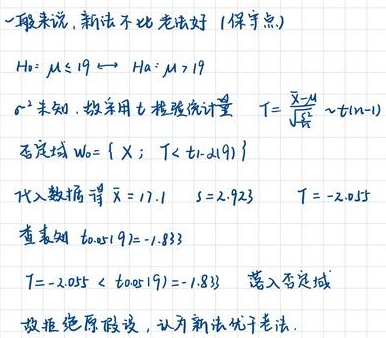
一般来说，新法不比老法好（保守点）
$H_0: \mu \leq 19 \leftrightarrow H_a: \mu > 19$
$\sigma^2$ 未知，故采用 $t$ 检验统计量 $T = \frac{\overline{X}-\mu}{\frac{S}{\sqrt{n}}} \sim t(n - 1)$
否定域 $W_0 = \{ \overline{X} ; T < -t_{1-\alpha}(9) \}$
代入数据得 $\overline{X} = 17.1$ $S = 2.923$ $T = -2.055$
查表知 $t_{0.85}(9)=-1.833$
$T = -2.055 < t_{0.85}(9)=-1.833$ 落入否定域
故拒绝原假设，认为新法优于老法.